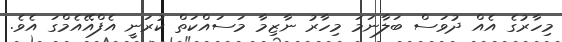
މިހާރުގެ އެއް ދުވަސް ބަލާނަމަ މިހާރު ނާޒިމާ މަސައްކަތް ކުރަނީ އެފްއޭއެމްގަ އެވެ.